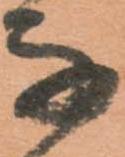
な